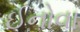
ઈનોવા